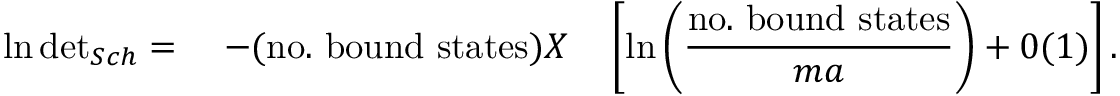
\ln \mathrm { d e t } _ { { S c h } } = \quad - ( \mathrm { n o . ~ b o u n d ~ s t a t e s } ) X \quad \left[ \ln \left( \displaystyle \frac { \mathrm { n o . ~ b o u n d ~ s t a t e s } } { m a } \right) + 0 ( 1 ) \right] .